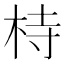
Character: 㭙